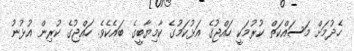
ހެދުމަށް މަސައްކަތް ކުރުމަކީ ހައްޖުގެ އަޅުކަމުގެ ކާމިޔާބީގެ ބައެކެވެ. ހައްޖުގެ ކުރިން އުޅުނު